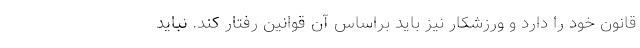
قانون خود را دارد و ورزشکار نیز باید براساس آن قوانین رفتار کند. نباید